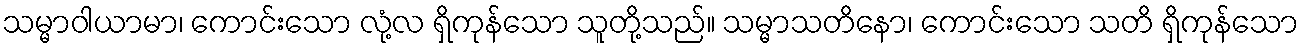
သမ္မာဝါယာမာ၊ ကောင်းသော လုံ့လ ရှိကုန်သော သူတို့သည်။ သမ္မာသတိနော၊ ကောင်းသော သတိ ရှိကုန်သော